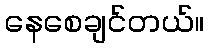
နေစေချင်တယ်။